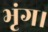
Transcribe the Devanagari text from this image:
भृंग।